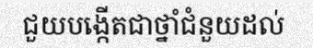
ជួយបង្កើតជាថ្នាំជំនួយដល់